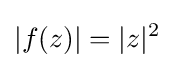
|f(z)|=|z|^{2}